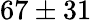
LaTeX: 67\pm 31